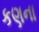
કણના